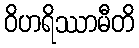
ဝိဟရိဿာမီတိ